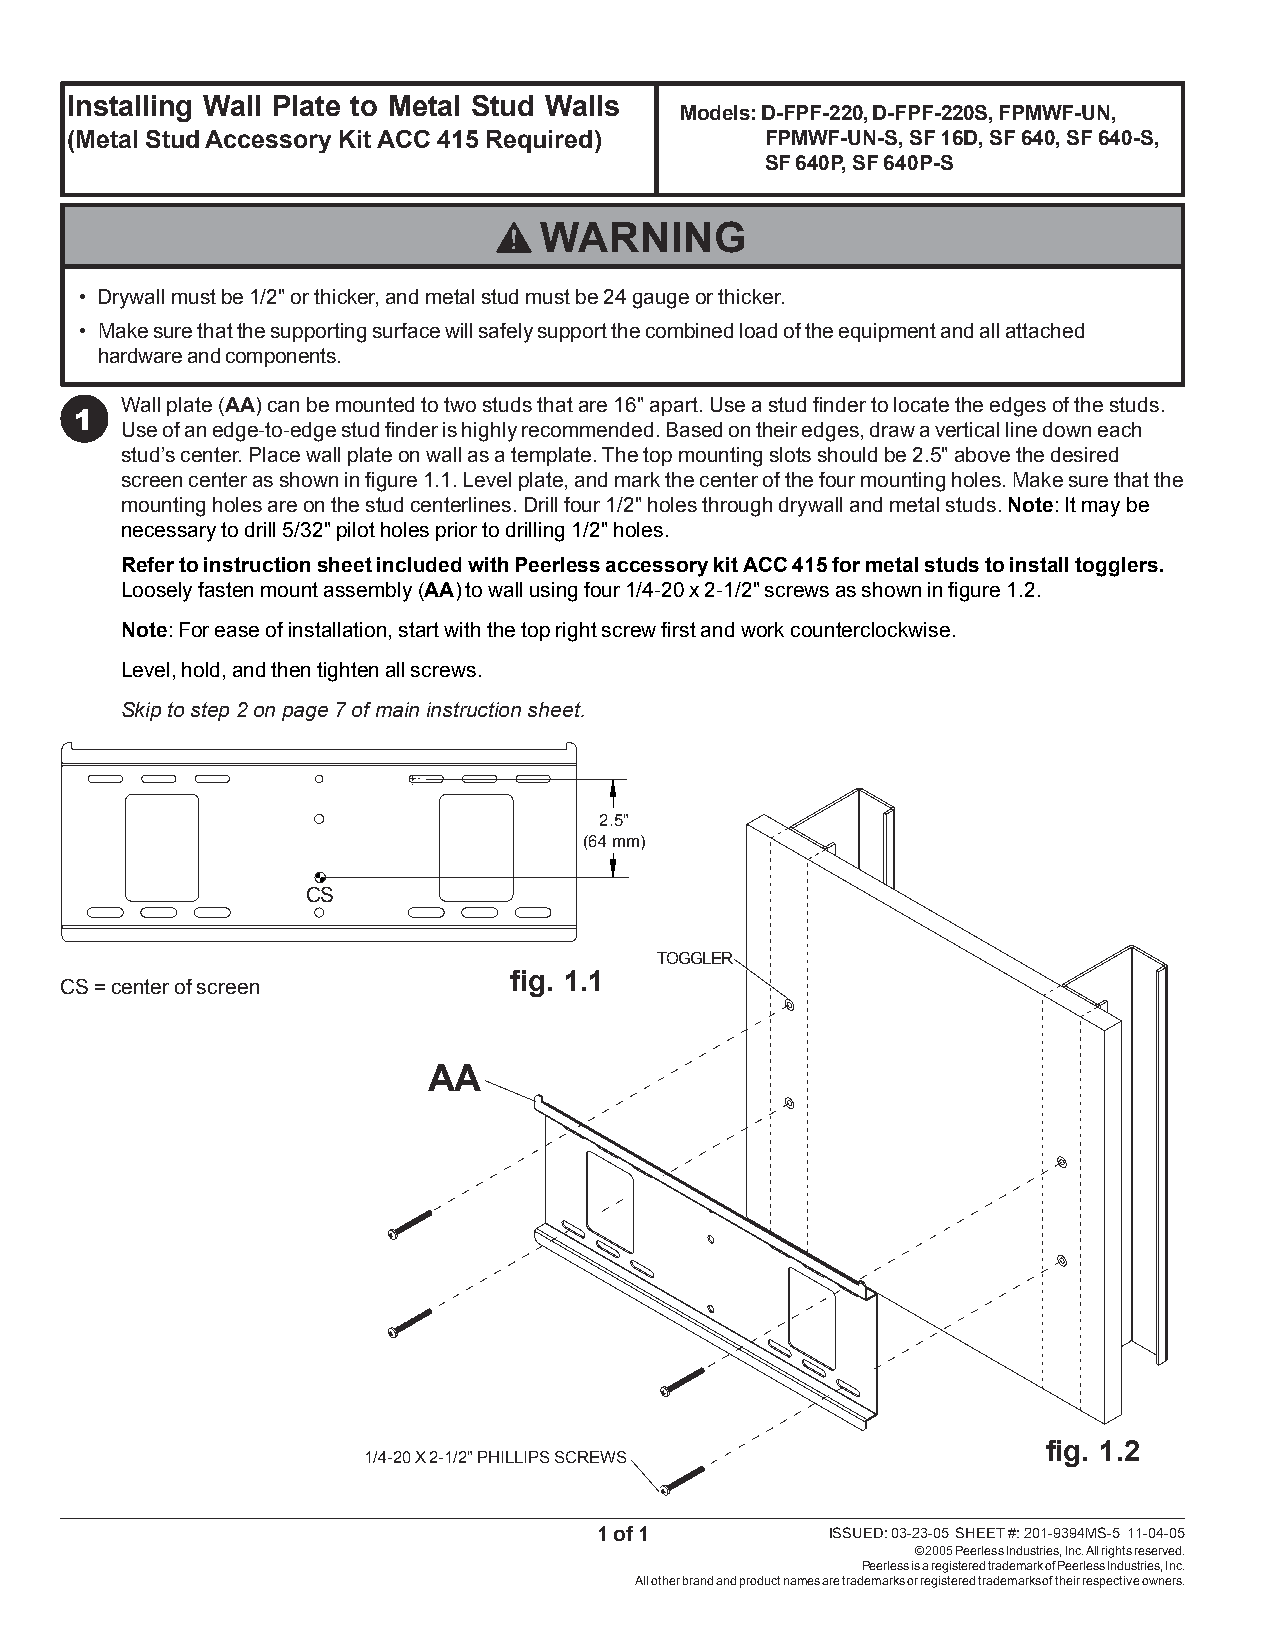
Installing Wall Plate to Metal Stud Walls
 Models: D-FPF-220, D-FPF-220S, FPMWF-UN,
 (Metal Stud Accessory Kit ACC 415 Required)    FPMWF-UN-S, SF 16D, SF 640, SF 640-S,
 SF 640P, SF 640P-S
 WARNING
 • Drywall must be 1/2" or thicker, and metal stud must be 24 gauge or thicker.
 • Make sure that the supporting surface will safely support the combined load of the equipment and all attached
 hardware and components.
 Wall plate (AA) can be mounted to two studs that are 16" apart. Use a stud finder to locate the edges of the studs.
 1
 Use of an edge-to-edge stud finder is highly recommended. Based on their edges, draw a vertical line down each
 stud’s center. Place wall plate on wall as a template. The top mounting slots should be 2.5" above the desired
 screen center as shown in figure 1.1. Level plate, and mark the center of the four mounting holes. Make sure that the
 mounting holes are on the stud centerlines. Drill four 1/2" holes through drywall and metal studs. Note: It may be
 necessary to drill 5/32" pilot holes prior to drilling 1/2" holes.
 Refer to instruction sheet included with Peerless accessory kit ACC 415 for metal studs to install togglers.
 Loosely fasten mount assembly (AA) to wall using four 1/4-20 x 2-1/2" screws as shown in figure 1.2.
 Note: For ease of installation, start with the top right screw first and work counterclockwise.
 Level, hold, and then tighten all screws.
 Skip to step 2 on page 7 of main instruction sheet.
 2.5"
 (64 mm)
 CS
 TOGGLER
 fig. 1.1
 CS = center of screen
 AA
 fig. 1.2
 1/4-20 X 2-1/2" PHILLIPS SCREWS
 1 of 1         ISSUED: 03-23-05 SHEET #: 201-9394MS-5 11-04-05
 © 2005 Peerless Industries, Inc. All rights reserved.
 Peerless is a registered trademark of Peerless Industries, Inc.
 All other brand and product names are trademarks or registered trademarks of their respective owners.